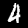
Digit: 4